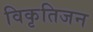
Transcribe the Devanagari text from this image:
विकृतिजन